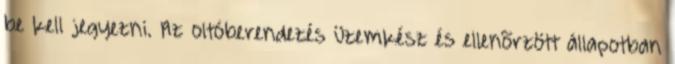
be kell jegyezni. Az oltóberendezés üzemkész és ellenõrzött állapotban